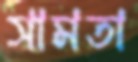
সামতা